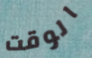
الوقت